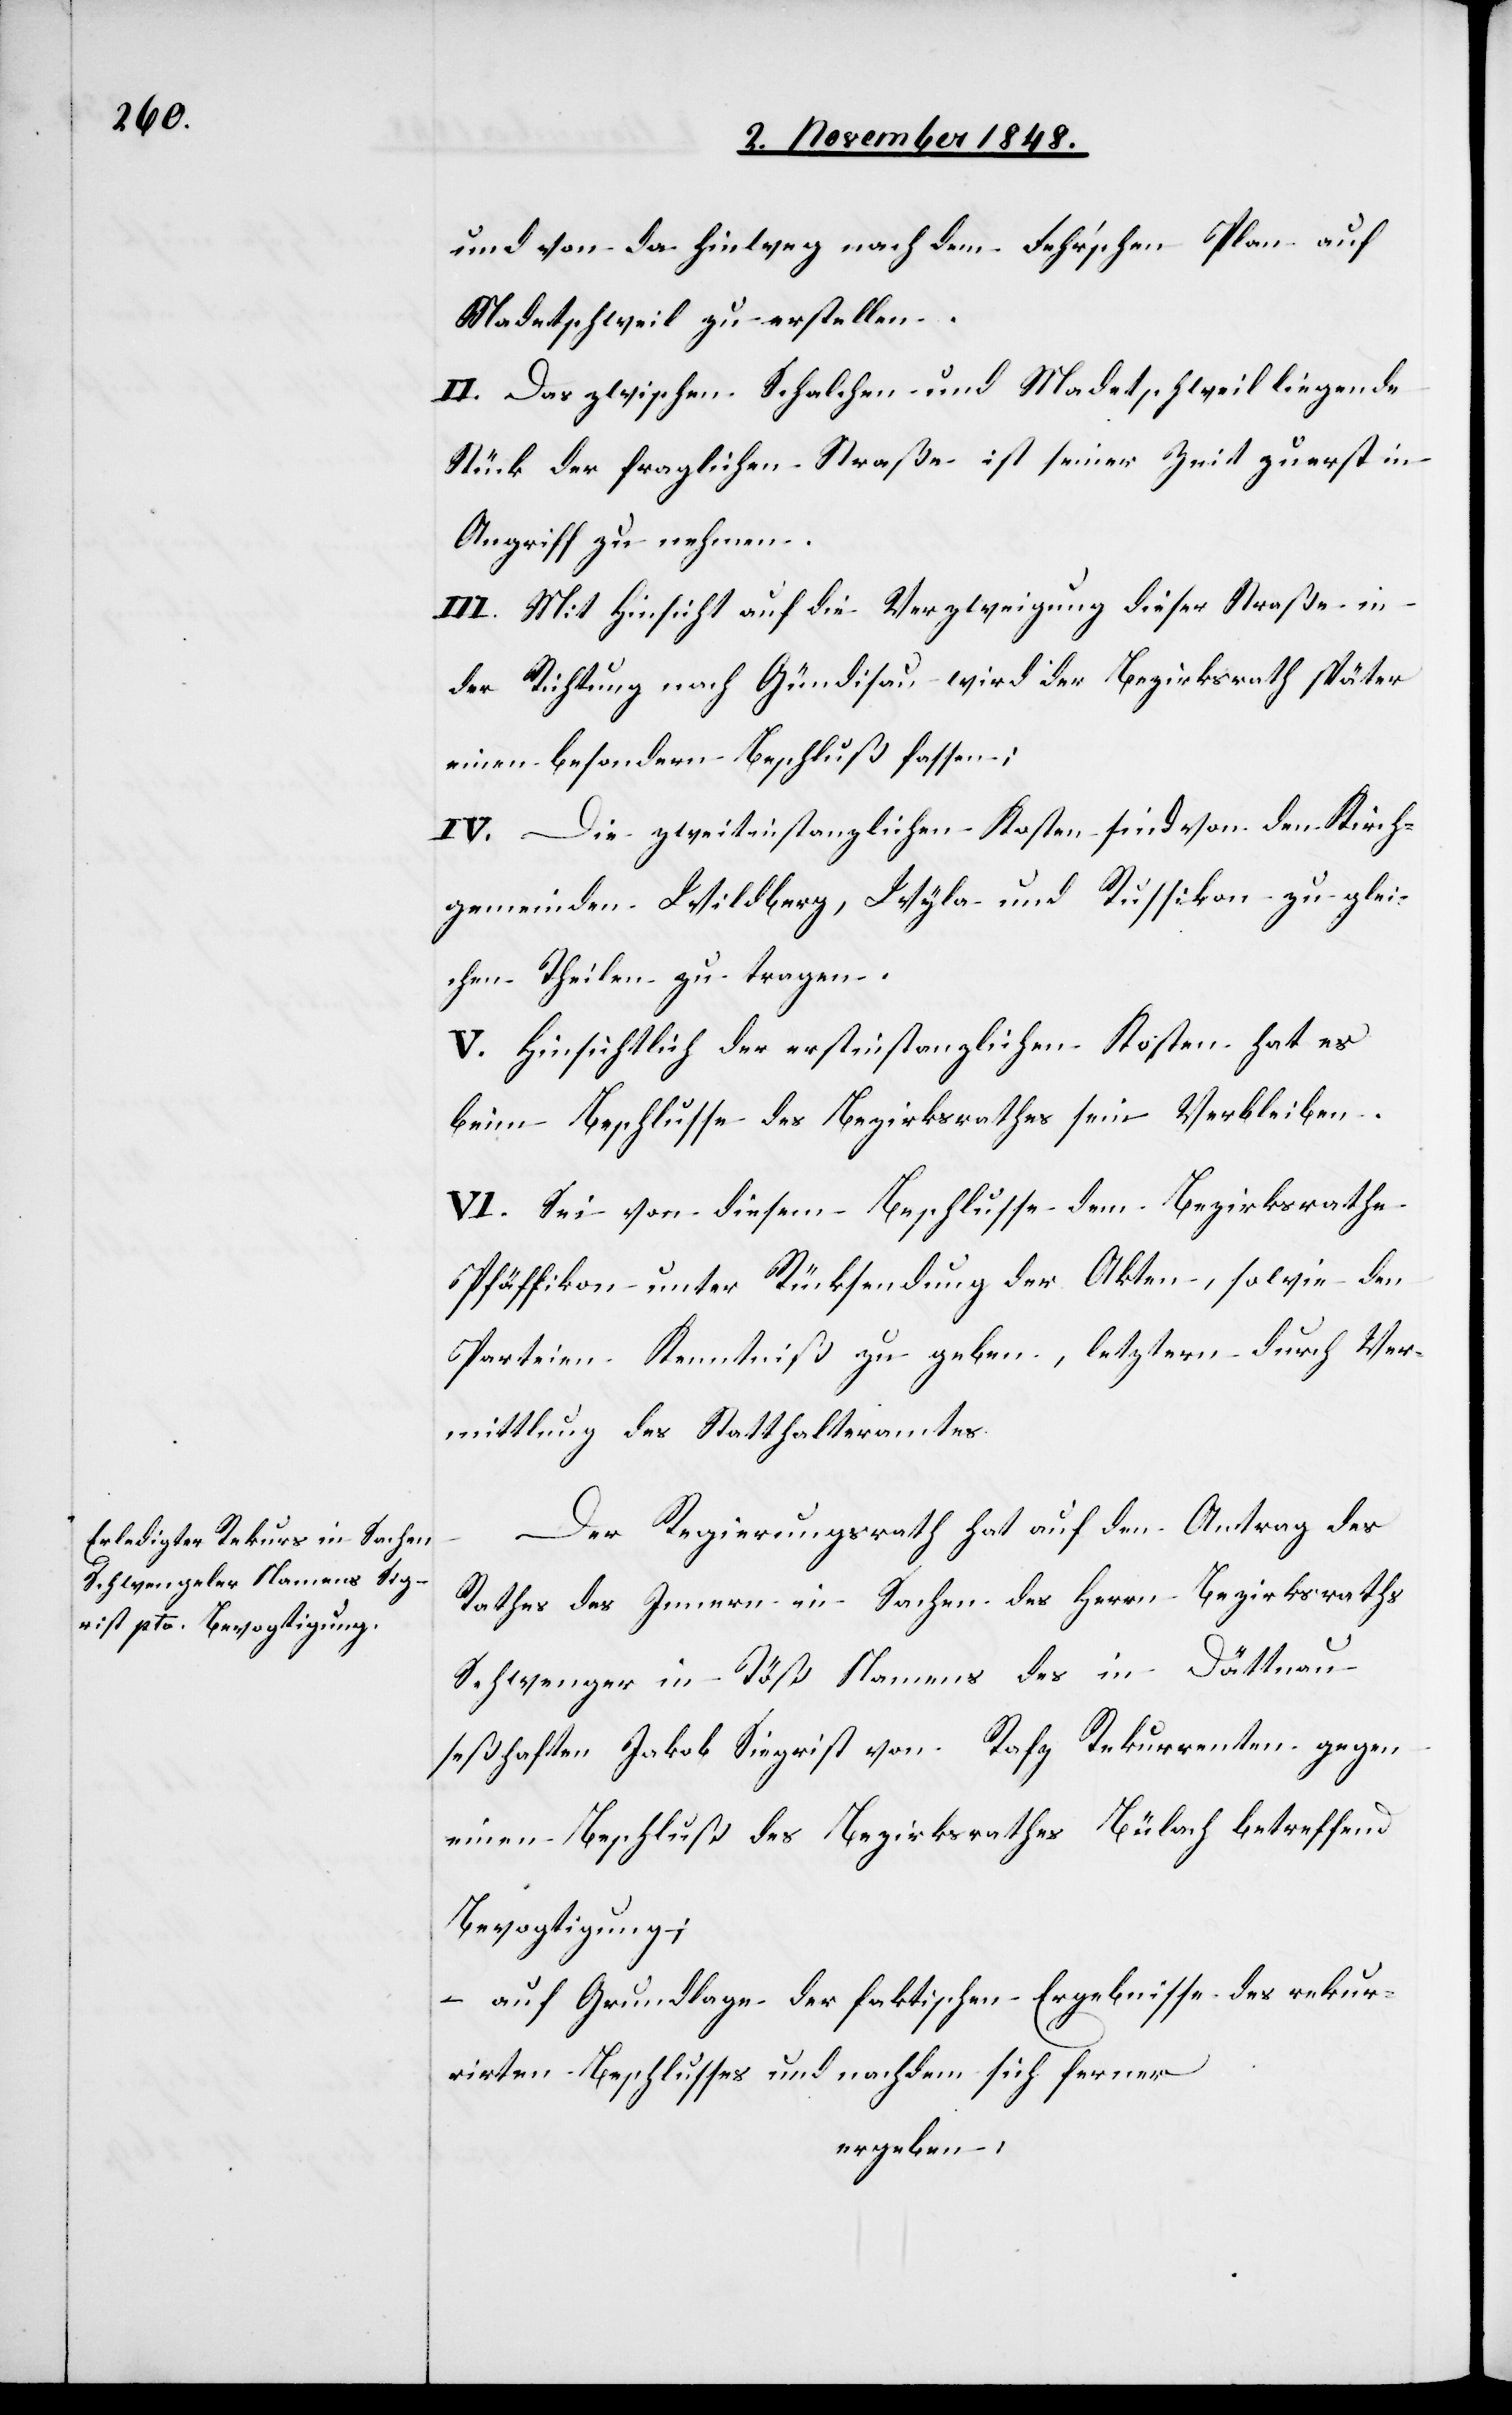
und von da hinweg nach dem Fehr’schen Plan auf
Madetschweil zu erstellen.
II. Das zwischen Schalchen und Madetschweil liegende
Stück der fraglichen Straße ist seiner Zeit zuerst in
Angriff zu nehmen.
III. Mit Hinsicht auf die Verzweigung dieser Straße in
der Richtung nach Gündisau wird der Bezirksrath später
einen besondern Beschluß fassen;
IV. Die zweitinstanzlichen Kosten sind von den Kirch¬
gemeinden Widlberg, Wyla und Russikon zu glei¬
chen Theilen zu tragen.
V. Hinsichtlich der erstinstanzlichen Kosten hat es
beim Beschlusse des Bezirksrathes sein Verbleiben.
VI. Sei von diesem Beschlusse dem Bezirksrathe
Pfäffikon unter Rücksendung der Akten, sowie den
Parteien Kenntniß zu geben, letztern durch Ver¬
mittlung des Statthalteramtes.
Der Regierungsrath hat auf den Antrag des
Rathes des Innern in Sachen des Herrn Bezirksraths
Schwenger [sic!] in Töß Namens des in Dättnau
seßhaften Jakob Siegrist [sic!] von Rafz Rekurrenten gegen
einen Beschluß des Bezirksrathes Bülach betreffend
Bevogtigung;
auf Grundlage der faktischen Ergebnisse des rekur¬
rirten Beschlusses und nachdem sich ferner
ergeben: